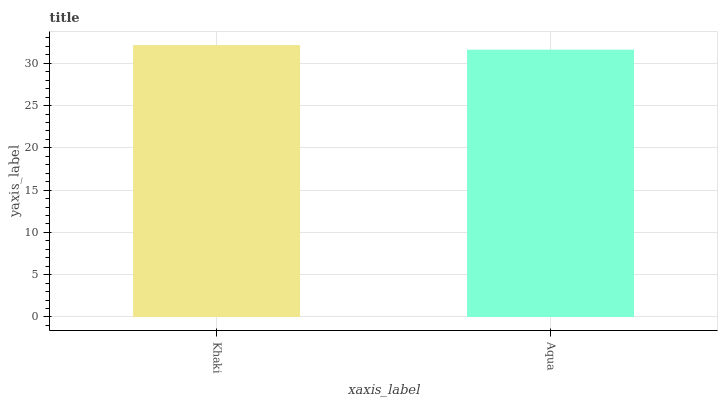
| xaxis_label | bars |
 | --- | --- |
 | Khaki | 32.2 |
 | Aqua | 31.6 |